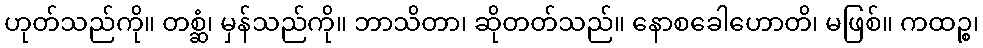
ဟုတ်သည်ကို။ တစ္ဆံ၊ မှန်သည်ကို။ ဘာသိတာ၊ ဆိုတတ်သည်။ နောစခေါဟောတိ၊ မဖြစ်။ ကထဉ္စ၊